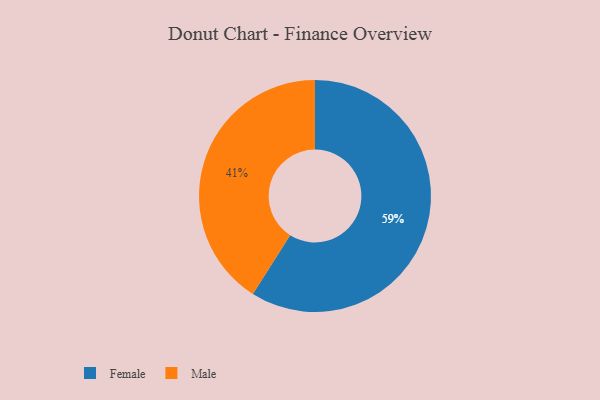
{"axis": {"x": "Category", "y": "Percentage"}, "legend": ["Female", "Male"], "data": [{"x": "Male", "y": 41, "type": "Male"}, {"x": "Female", "y": 59, "type": "Female"}]}